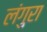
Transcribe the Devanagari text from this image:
लंगुरा